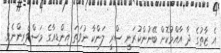
އެ ޒާތުގެ ދާ އާއްމުކޮށް ބޭނުންކުރަނީ ސްރީ ލަންކާ ނުވަތަ އިންޑިއާގެ މަސްވެރިންނެވެ.